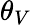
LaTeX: \theta_{V}